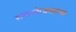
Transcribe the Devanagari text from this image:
संगमनेरजवळच्या